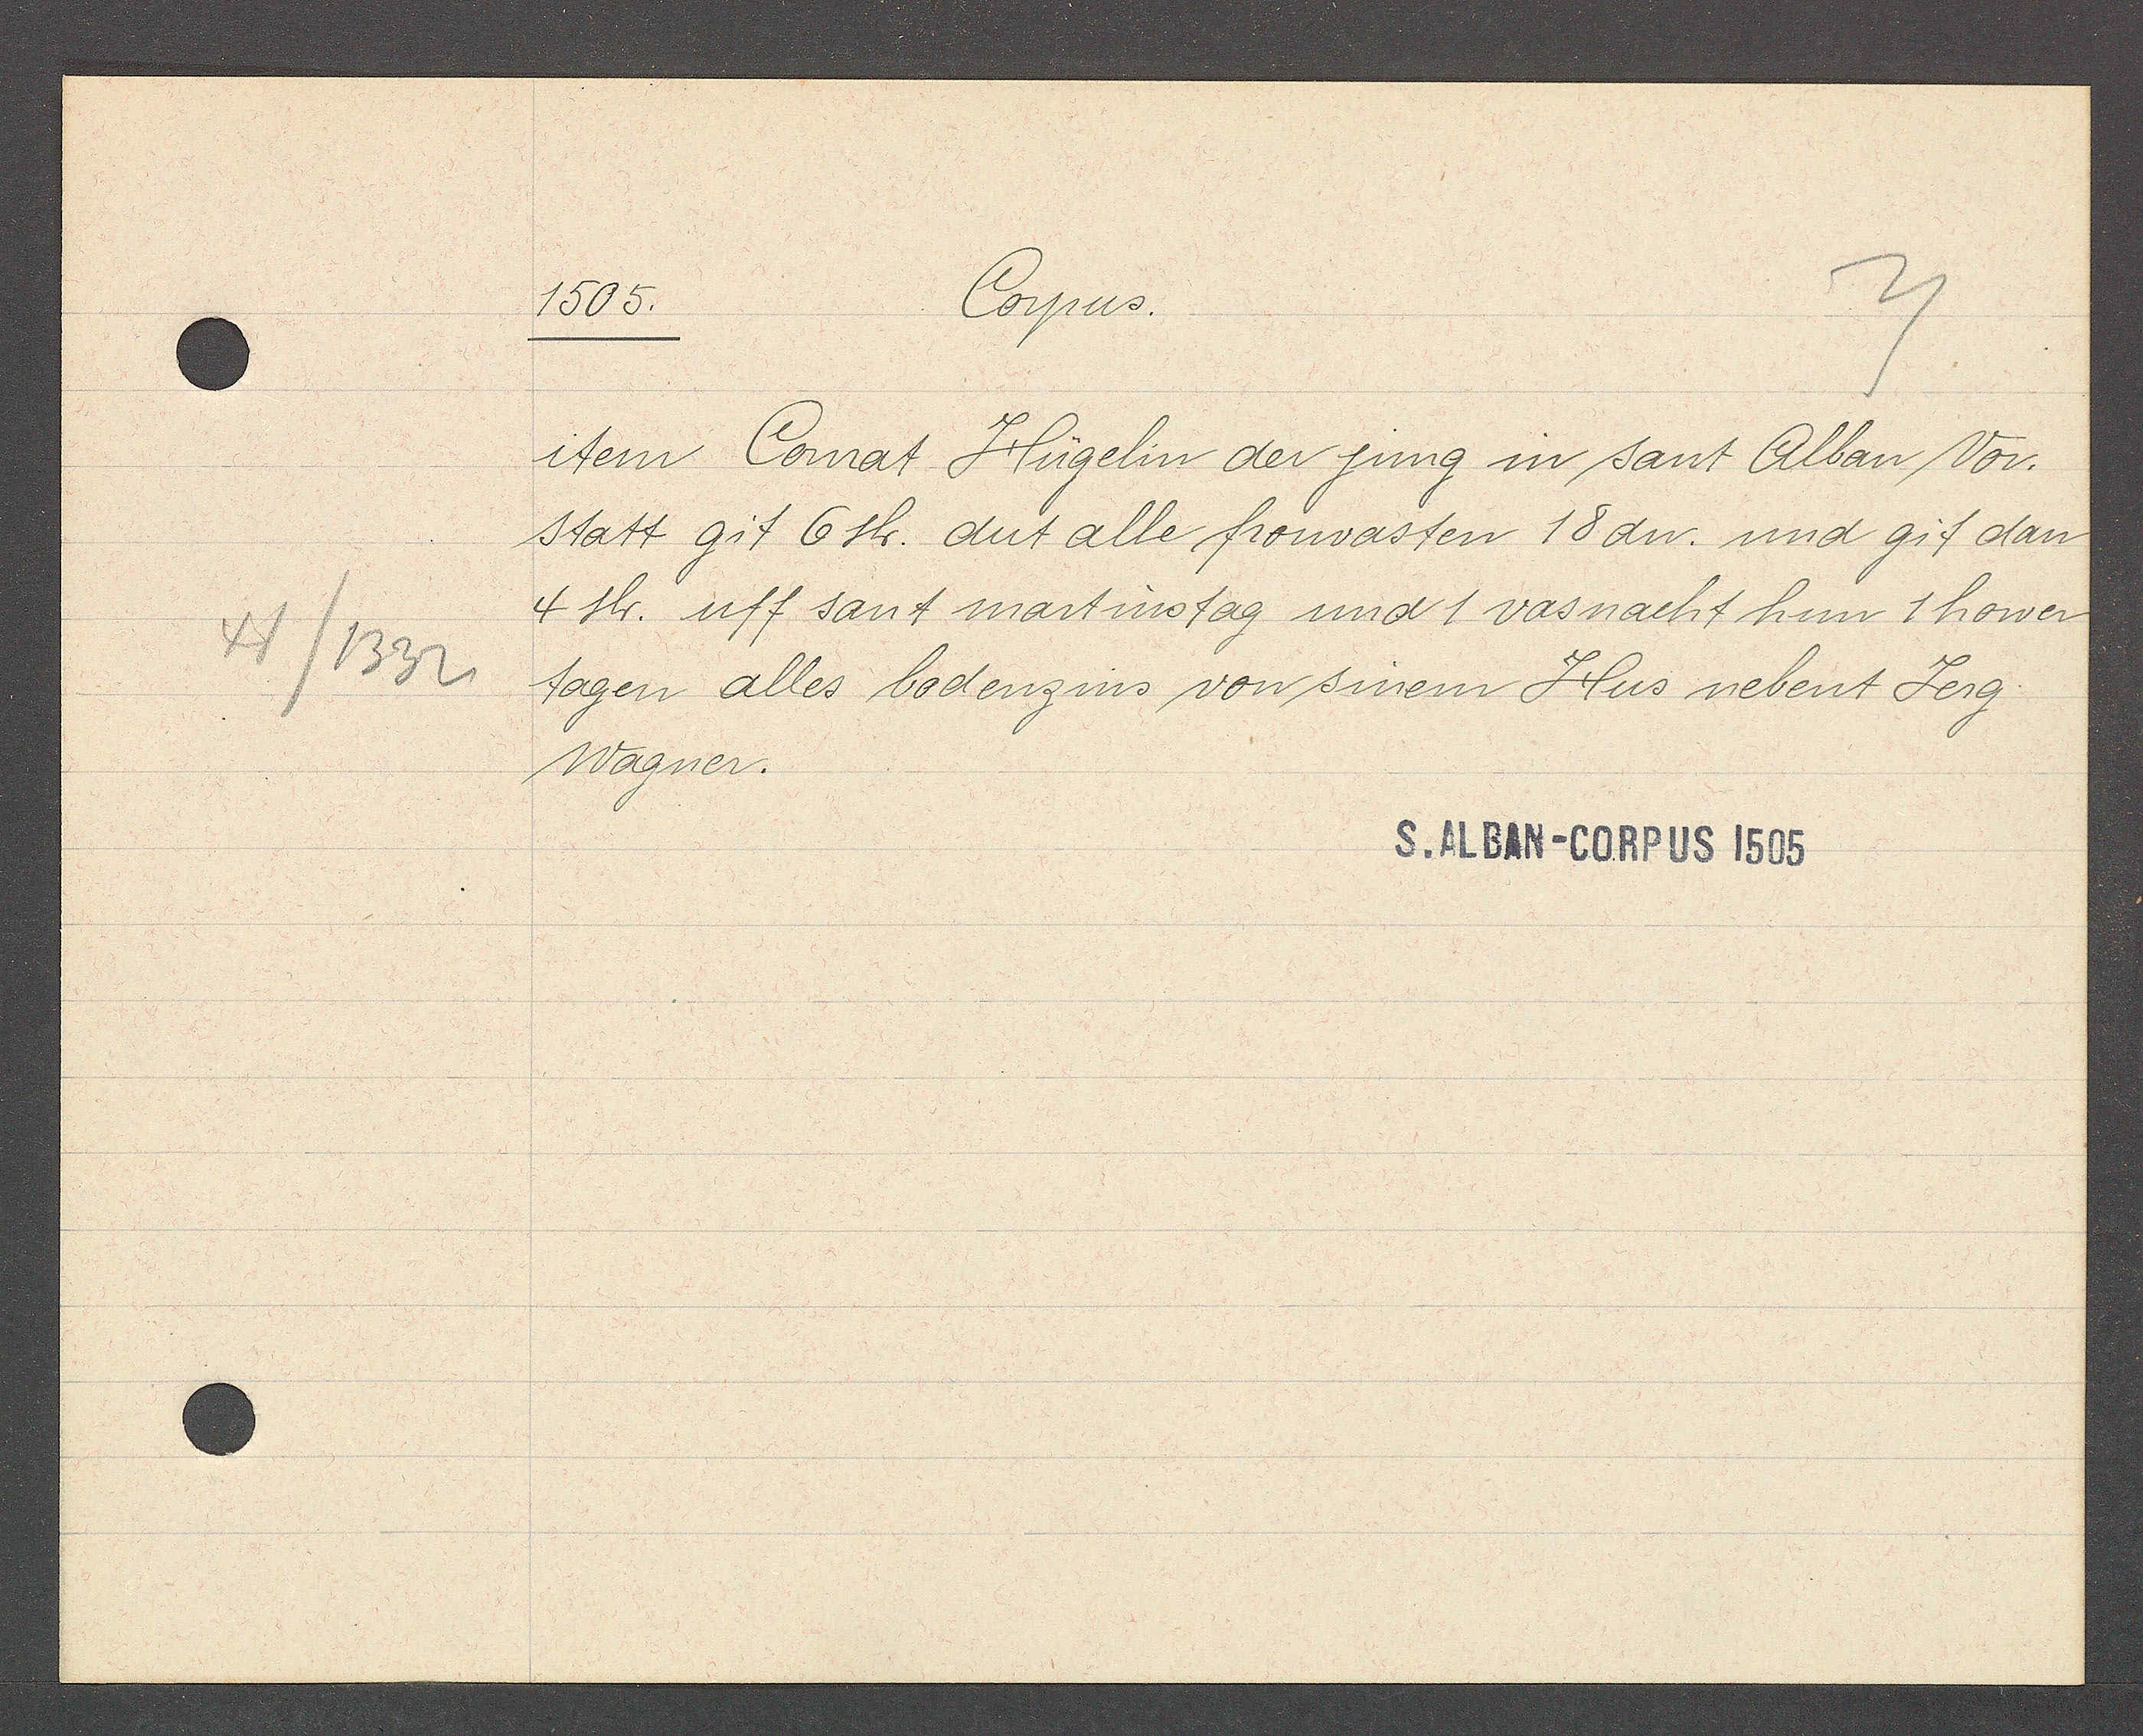
Transcript:
41/1332

Corpus.
1505.

item Conrat Hügelin der jung in sant Alban Vor-
statt git 6 sh. dut alle fronvasten 18 dn. und git dan
4 sh. uff sant martinstag und 1 vasnacht hun 1 hower
tagen alles bodenzins von sinem Hus nebent Jerg
Wagner.

S. ALBAN-CORPUS 1505